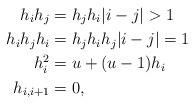
LaTeX: \begin{align*}h_i h_j &= h_j h_i |i-j| >1 \\h_i h_j h_i &= h_j h_i h_j \vert i - j \vert =1 \\h_i^2 &= u + (u-1) h_i \\h_{i,i+1} &= 0,\end{align*}